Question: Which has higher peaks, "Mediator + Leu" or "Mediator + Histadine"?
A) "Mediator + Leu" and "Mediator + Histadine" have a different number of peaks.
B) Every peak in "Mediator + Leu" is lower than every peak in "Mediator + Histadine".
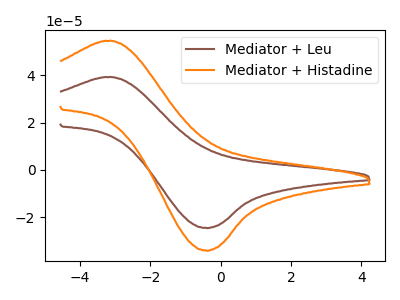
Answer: <think>The brown curve "Mediator + Leu" has an anodic peak at (-3.05V, 39.25uA) and a cathodic peak at (-0.40V, -24.55uA). The orange curve "Mediator + Histadine" has an anodic peak at (-3.05V, 54.55uA) and a cathodic peak at (-0.40V, -34.15uA).</think>
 <answer>B) Every peak in "Mediator + Leu" is lower than every peak in "Mediator + Histadine".</answer>
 <eval>B</eval>